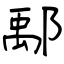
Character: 鄅